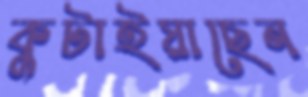
কুটাইয়াছেন